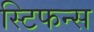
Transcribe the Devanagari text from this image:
स्टिफन्स